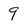
Character: 9